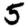
Digit: 5